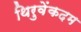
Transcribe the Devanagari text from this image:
थिरुवेंकदम